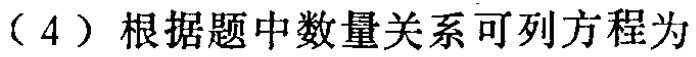
（4）根据题中数量关系可列方程为